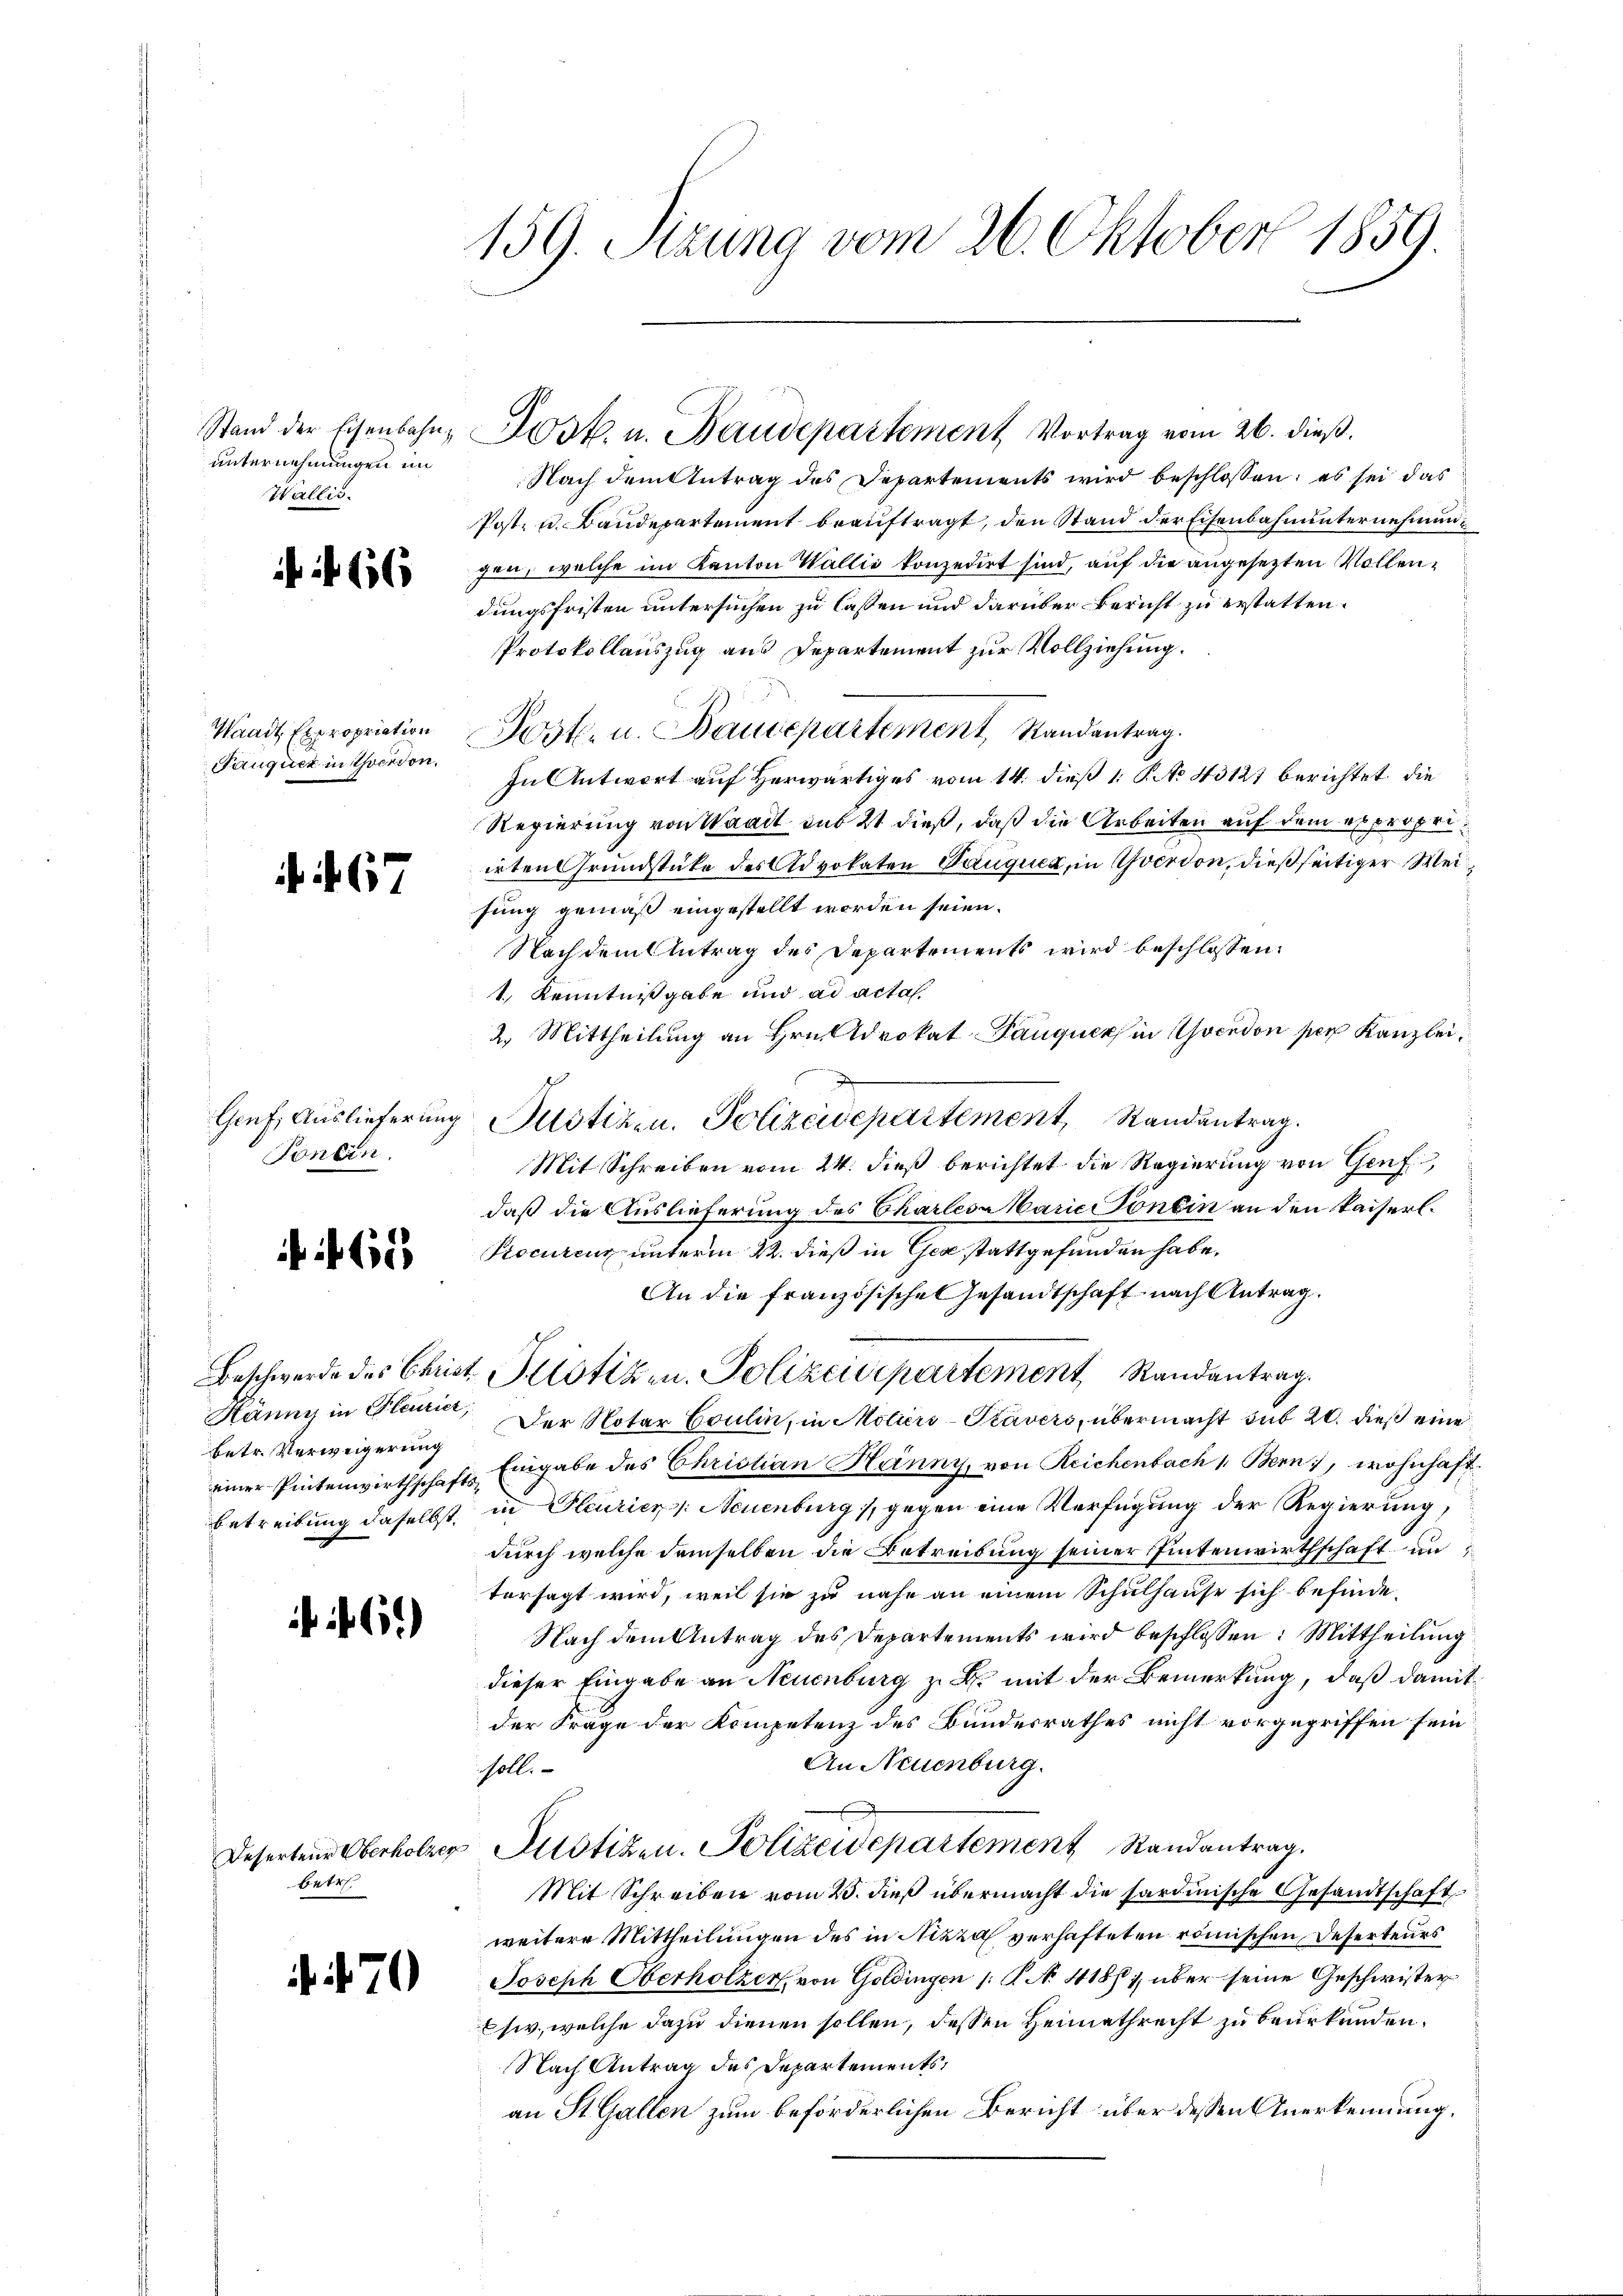
unternehmungen im
Wallis.

66

Fäuguer in Thocison.

. 67

Tonein.

60

betr. Verweigerung

1.)

betr

70

159. Stzung vom 26. Oktober 1859.

Nach dem Antrag des Departements wird beschlossen; es sei das
Post- u. Baudepartement beauftragt, den Stand der Eisenbahnunternehmunfen, welche im Kanton Wallie konzedirt sind, auf die angesezten Vollendungsfristen untersuchen zu lassen und darüber Bericht zu erstatten.
Protokollauszug aus Departement zur Vollziehung.
Waadt Expropriation Post- u. Baudepartement, Randantrag.
In Antwort auf Herwärtiges vom 14. dieß 1 P. No 43127 berichtet, die
Regierung von Waadt das 21 dieß, daß die Arbeiten auf dem expropriirten Grundstüke des Advokaten Pauquer, in Yverdon, dießseitiger Wei
fung gemäß eingestellt worden seien.
Nachdem Antrag des Departements wird beschlossen:
1.) Kenntnißgabe und ad acta.
2. Mittheilung an Hrn. Advokat Pauquer in Yverdon per Kanzleig
Genf, Auslieferung Plotizen. Polizeidepartement, Randantrag.
Mit Schreiben vom 24. dieß berichtet die Regierung von Genf,
daß die Auslieferung des Charleszariconein an den kaiserl.
Procurenz unterm 22. dieß in Ger stattgefunden habe.
An die französische Gesandtschaft nach Antrag.
Beschwerde des Christ. Potizen. Polizei partement Randantrag.
Hänny in Bleurier, Der Notar Coulin, in Moliers-Prävers, übermacht sub 20. dieß eine
einer Pentenwirthschafts Eingabe des Christian Hänny, von Reichenbach 1 Bern, wohnhaft
betreibung daselbst, in Heuriers: Neuenburg, gegen eine Verfügung der Regierung,
durch welche demselben die Betreibung seiner Pintenwirthschaft un
tersagt wird, weil sie zu nahe an einem Schulhause sich befinde¬
Nach dem Antrag des Departements wird beschlossen: Mittheilung
dieser Eingabe an Neuenburg z. B. mit der Bemerkung, daß damit
der Frage der Kompetenz des Bundesrathes nicht vorgegriffen sein:
An Neuenburg.
soll.
Deserten Oberholzer Justizen. Polizeidepartement Randantrag.
Mit Schreiben vom 20. dieß übermacht die sardinische Gesandtschaft
weitere Mittheilungen des in Nizza verhafteten römischen Deserteurs
Joseph Oberholzer, von Goldingen K. No. 418/1, über seine Geschwister
siv, welche dazu dienen sollen, dessen Heimathrecht zu beurkunden.
Nach Antrag des Departements,
an St. Gallen zum beförderlichen Bericht über dessen Anerkennung.

Stand der Eisenbahn, ist. u. Baudepartement Vortrag vom 26. dieß.